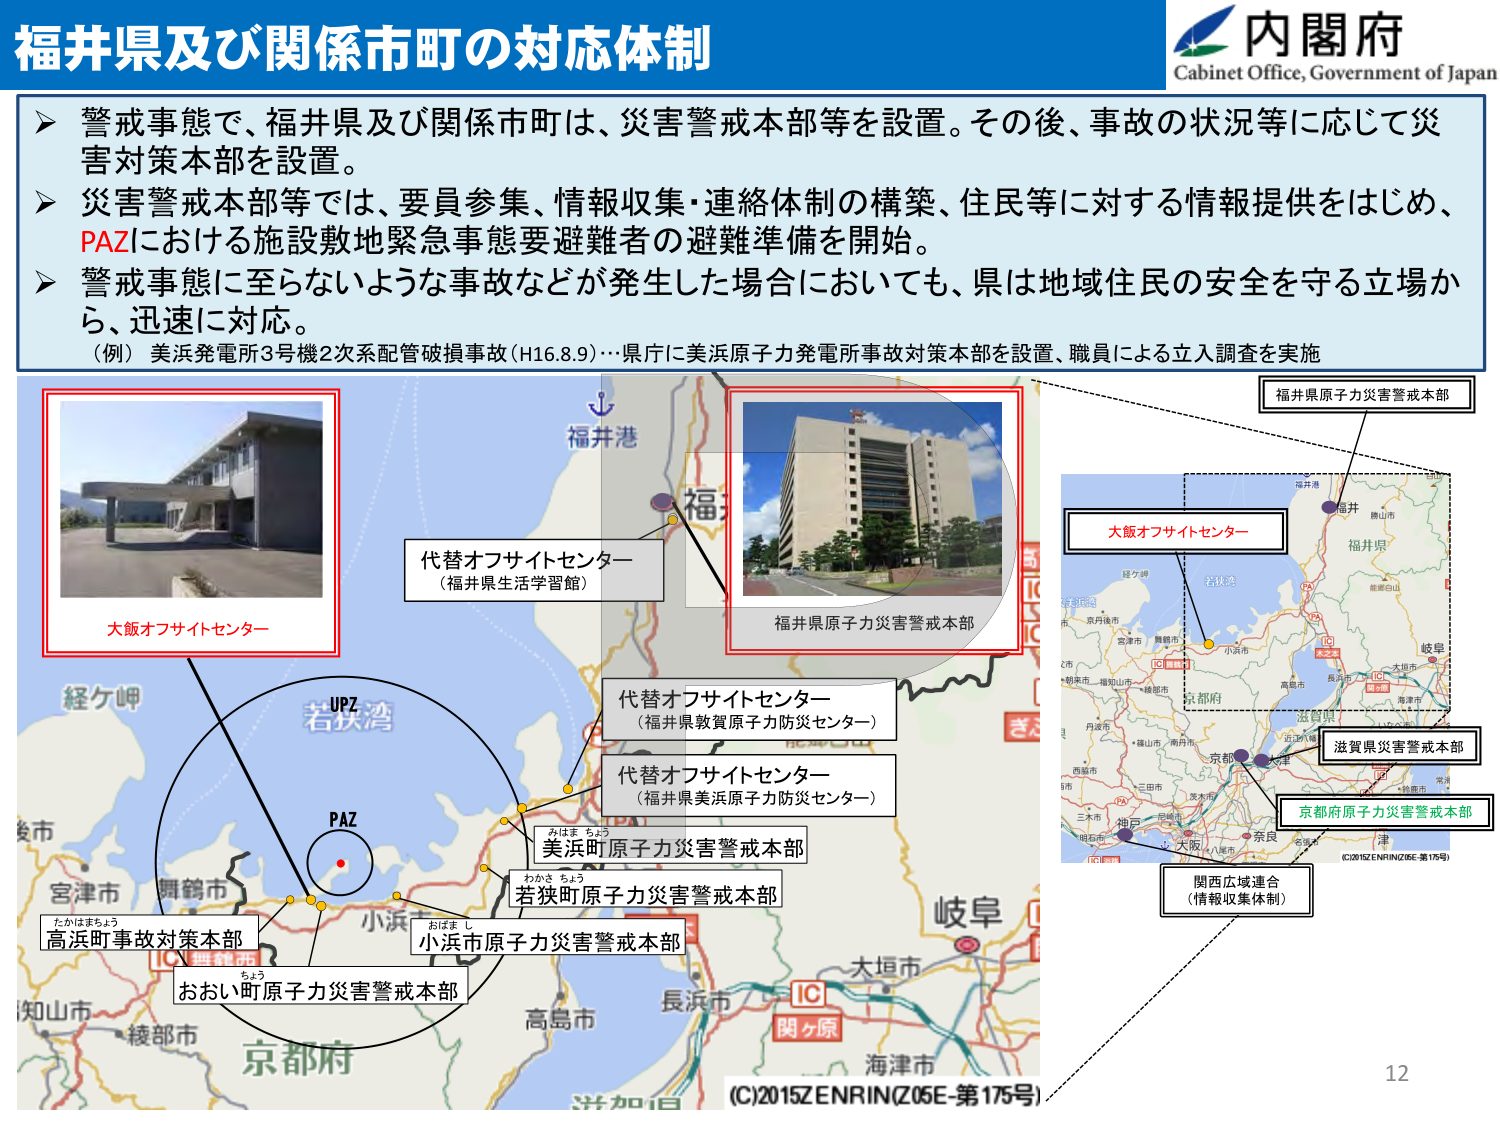
福井県及び関係市町の対応体制

内閣府
Cabinet Office, Government of Japan

▶ 警戒事態で、福井県及び関係市町は、災害警戒本部等を設置。その後、事故の状況等に応じて災害対策本部を設置。
▶ 災害警戒本部等では、要員参集、情報収集・連絡体制の構築、住民等に対する情報提供をはじめ、PAZにおける施設敷地緊急事態要避難者の避難準備を開始。
▶ 警戒事態に至らないような事故などが発生した場合においても、県は地域住民の安全を守る立場から、迅速に対応。
（例）美浜発電所3号機2次系配管破損事故（H16.8.9）…県庁に美浜原子力発電所事故対策本部を設置、職員による立入調査を実施

大飯オフサイトセンター
代替オフサイトセンター
（福井県生活学習館）
福井県原子力災害警戒本部
代替オフサイトセンター
（福井県敦賀原子力防災センター）
代替オフサイトセンター
（福井県美浜原子力防災センター）
美浜町原子力災害警戒本部
若狭町原子力災害警戒本部
小浜市原子力災害警戒本部
おおい町原子力災害警戒本部
高浜町事故対策本部
福井港
福井
若狭湾
UPZ
PAZ
経ケ岬
京都市
大垣市
関ヶ原
海津市
長浜市
高島市
小浜市
舞鶴市
宮津市
京都市
滋賀県
大阪府
奈良
京都府
津
大阪
神戸
三田市
西宮市
丹波市
高槻市
八尾市
奈良市
京都府原子力災害警戒本部
滋賀県災害警戒本部
福井県原子力災害警戒本部
大飯オフサイトセンター
関西広域連合
（情報収集体制）
(C)2015ZENRIN(Z06E-第175号)
(C)2015ZENRIN(Z06E-第175号)
12